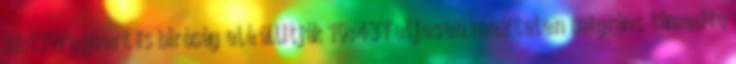
11:13Wagnert is bíróság elé állítják 10:43Teljesen meztelen migráns támadta